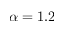
\alpha = 1 . 2